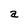
Character: a